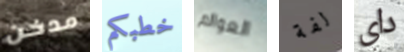
مدخن خطبكم العوالم لفة داي